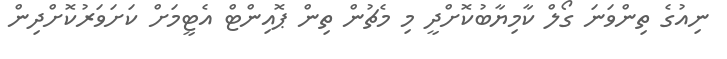
ނިއުގެ ތިންވަނަ ގޯލް ކާމިޔާބުކޮށްދީ މި މެޗުން ތިން ޕޮއިންޓް އެޓީމަށް ކަށަވަރުކޮށްދިން